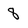
Character: 8